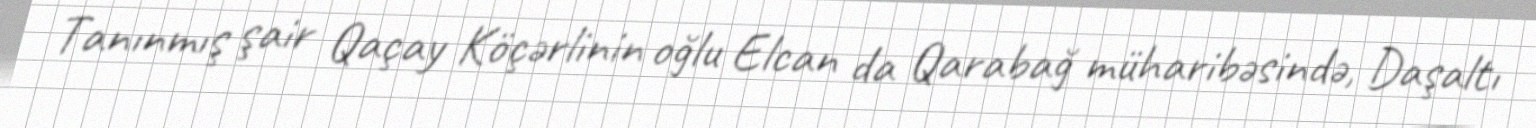
Tanınmış şair Qaçay Köçərlinin oğlu Elcan da Qarabağ müharibəsində, Daşaltı